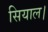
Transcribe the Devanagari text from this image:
सियाल।